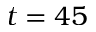
t = 4 5